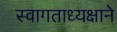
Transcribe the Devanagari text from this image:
स्वागताध्यक्षाने